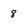
Character: 8